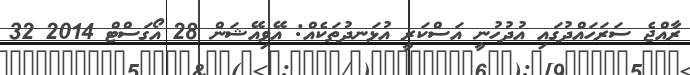
ރާއްޖެ ސަރަހައްދުގައި އުދުހުނީ އަސްކަރީ އުޅަނދުތަކެއް: އޭވިއޭޝަން 28 އޯގަސްޓް 2014 32